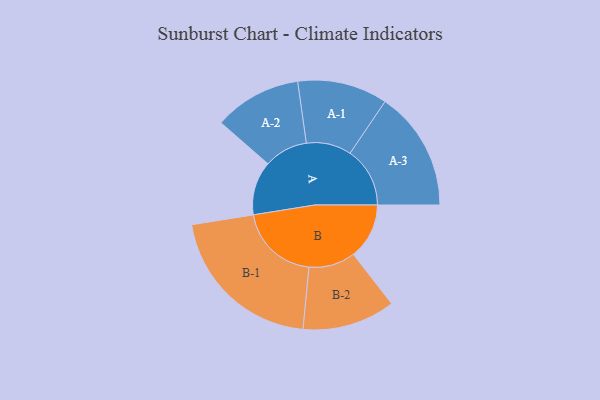
{"axis": {"x": "Segment", "y": "Value"}, "legend": ["", "A", "B"], "data": [{"x": "A", "y": 160, "type": ""}, {"x": "B", "y": 166, "type": ""}, {"x": "A-1", "y": 134, "type": "A"}, {"x": "A-2", "y": 130, "type": "A"}, {"x": "A-3", "y": 178, "type": "A"}, {"x": "B-1", "y": 240, "type": "B"}, {"x": "B-2", "y": 138, "type": "B"}]}